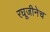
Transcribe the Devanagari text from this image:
रघूजीनेच